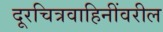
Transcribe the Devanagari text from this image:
दूरचित्रवाहिनींवरील